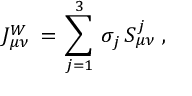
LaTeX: { \cal J } _ { \mu \nu } ^ { W } \, = \, \sum _ { j = 1 } ^ { 3 } \, \sigma _ { j } \, S _ { \mu \nu } ^ { j } \; ,